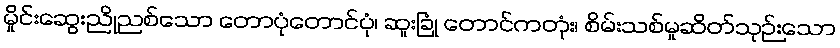
မှိုင်းဆွေးညိုညစ်သော တောပုံတောင်ပုံ၊ ဆူးခြုံ တောင်ကတုံး၊ စိမ်းသစ်မှုဆိတ်သုဉ်းသော